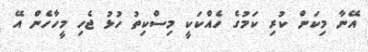
އޭނާ މިކަން ކުރި ކަމުގެ ހެއްކަކީ މިސްކިތު ހުޅު ޖެހި މީހާހެން އޭ